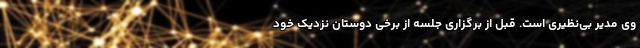
وی مدیر بی‌نظیری است. قبل از برگزاری جلسه‌ از برخی دوستان نزدیک خود